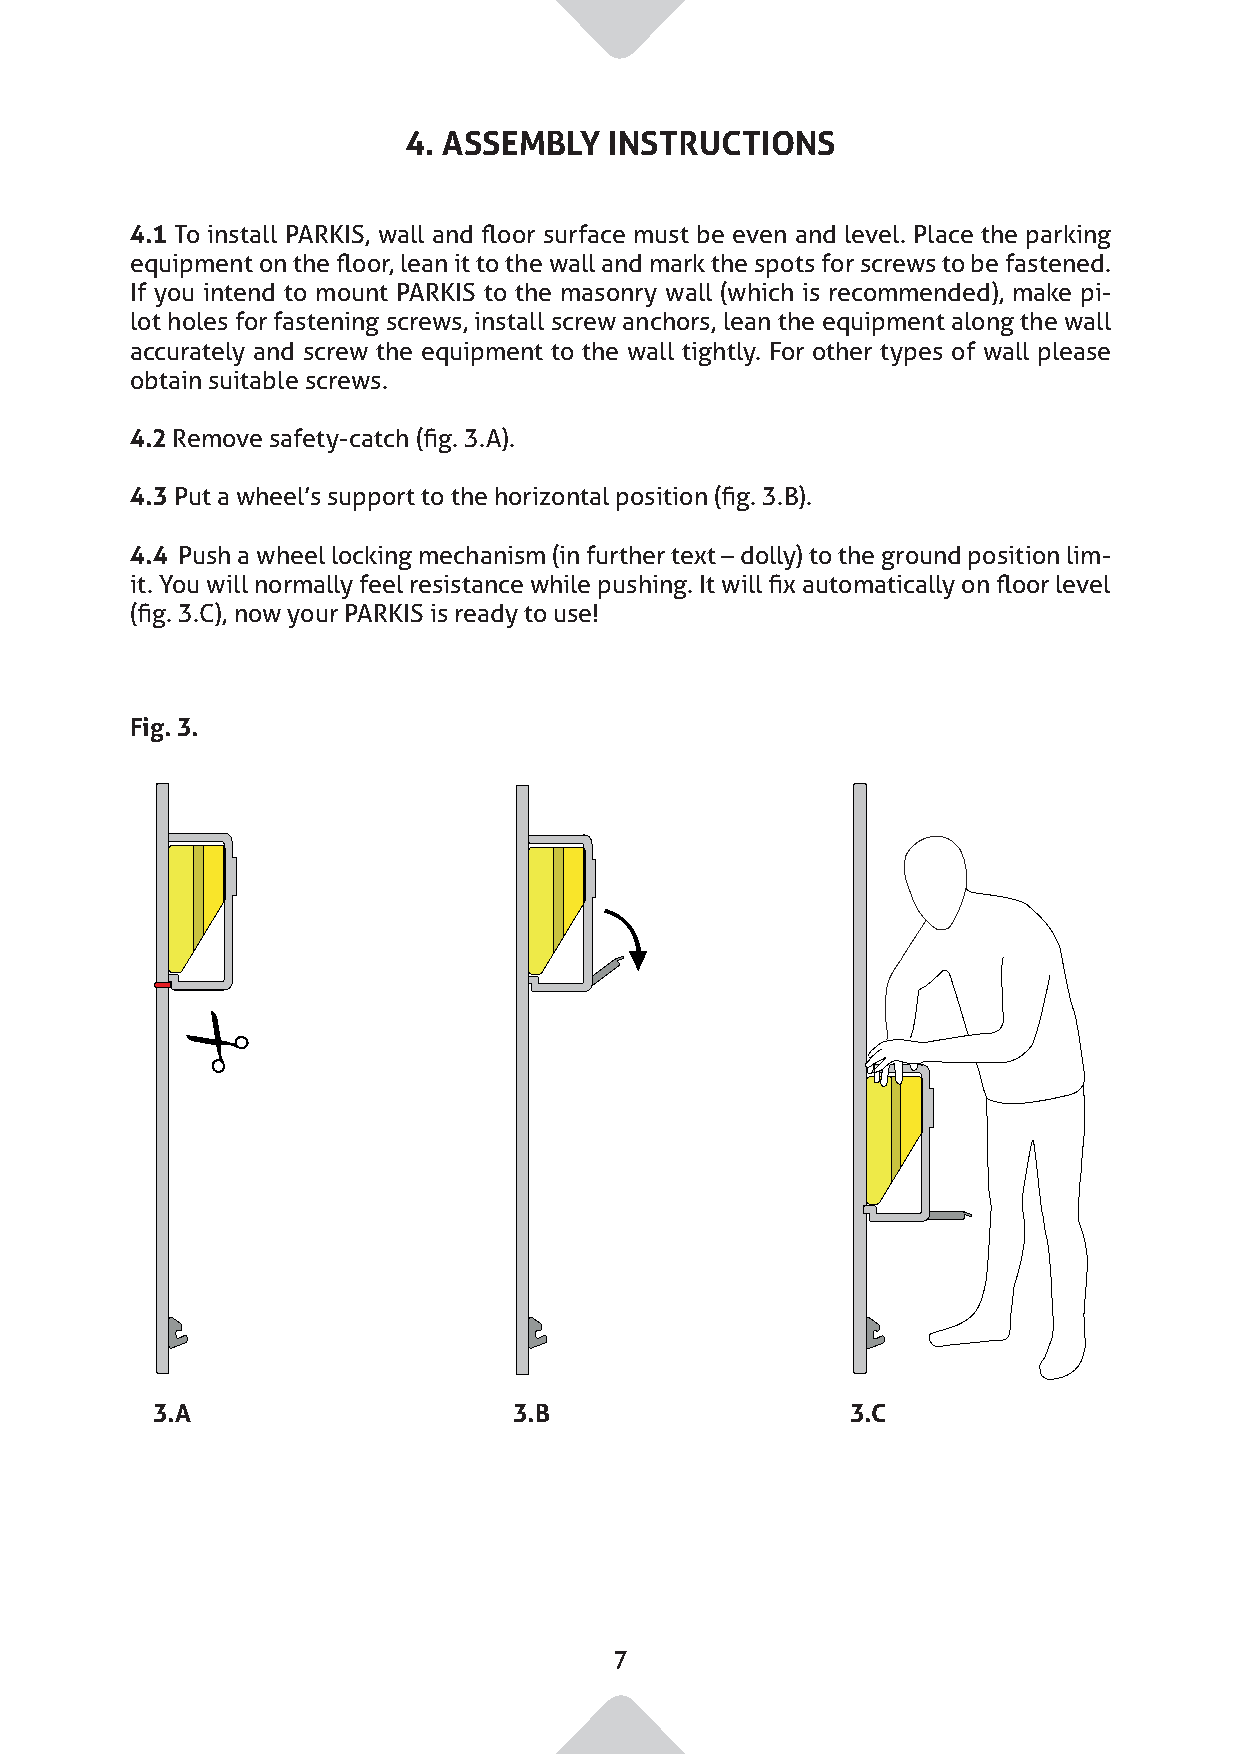
4. ASSEMBLY  INSTRUCTIONS
 4.1 To install PARKIS, wall and floor surface must be even and level. Place the parking
 equipment on the floor, lean it to the wall and mark the spots for screws to be fastened.
 If you intend to mount PARKIS to the masonry wall (which is recommended), make pi-
 lot holes for fastening screws, install screw anchors, lean the equipment along the wall
 accurately and screw the equipment to the wall tightly. For other types of wall please
 obtain suitable screws.
 4.2 Remove safety-catch (fig. 3.A).
 4.3 Put a wheel’s support to the horizontal position (fig. 3.B).
 4.4 Push a wheel locking mechanism (in further text – dolly) to the ground position lim-
 it. You will normally feel resistance while pushing. It will fix automatically on floor level
 (fig. 3.C), now your PARKIS is ready to use!
 Fig. 3.
 3.A                     3.B                   3.C
 7